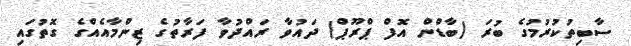
ސާބިތުކުރުމުގެ ބުރަ (ބާޑްން އޮފް ޕްރޫޕް) ދައުވާ ރައްދުވާ ފަރާތުގެ ޒިންމާއެއްގެ ގޮތުގައި